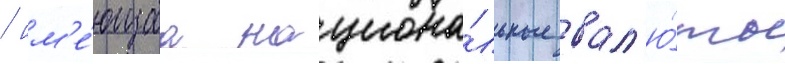
/ им'е́ющаа национа́льные вал'ю́ты